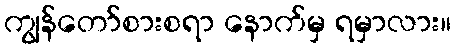
ကျွန်တော်စားစရာ နောက်မှ ရမှာလား။